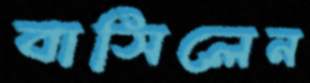
বাসিলেন